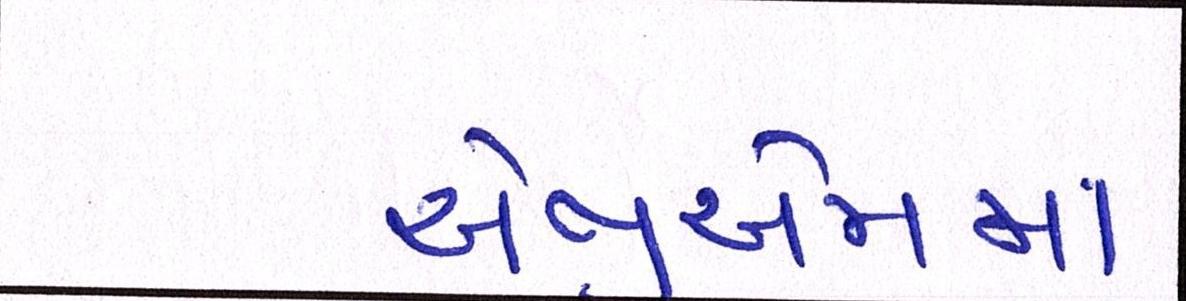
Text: એજીએમમાં